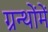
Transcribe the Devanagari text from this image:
ग्रन्थोंमें